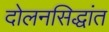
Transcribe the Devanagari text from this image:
दोलनसिद्धांत